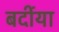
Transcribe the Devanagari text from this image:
बर्दीया